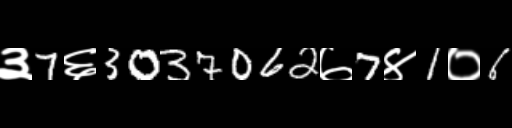
Text: ३7६3037062७7४1०6